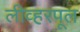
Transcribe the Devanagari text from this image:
लीव्हरपूल